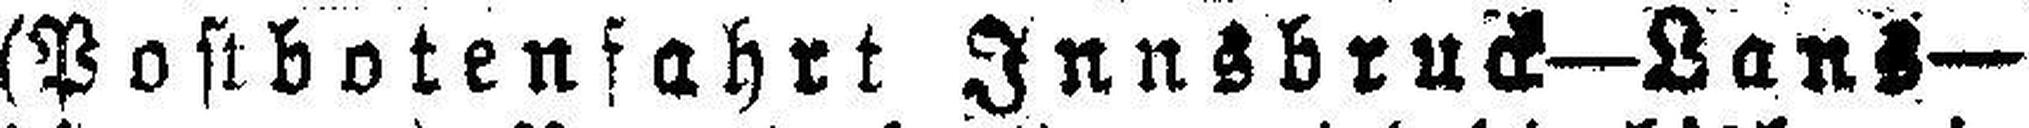
(Postbotenfahrt Innsbruck—Lans—